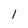
Character: l